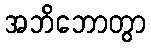
အဘိဘောတွာ